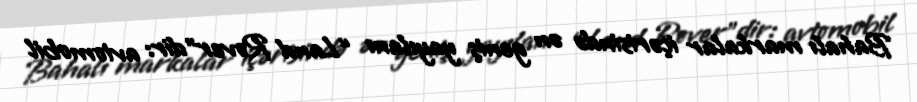
Bahalı markalar içərisində ən geniş yayılanı “Land Rover”dir: avtomobil